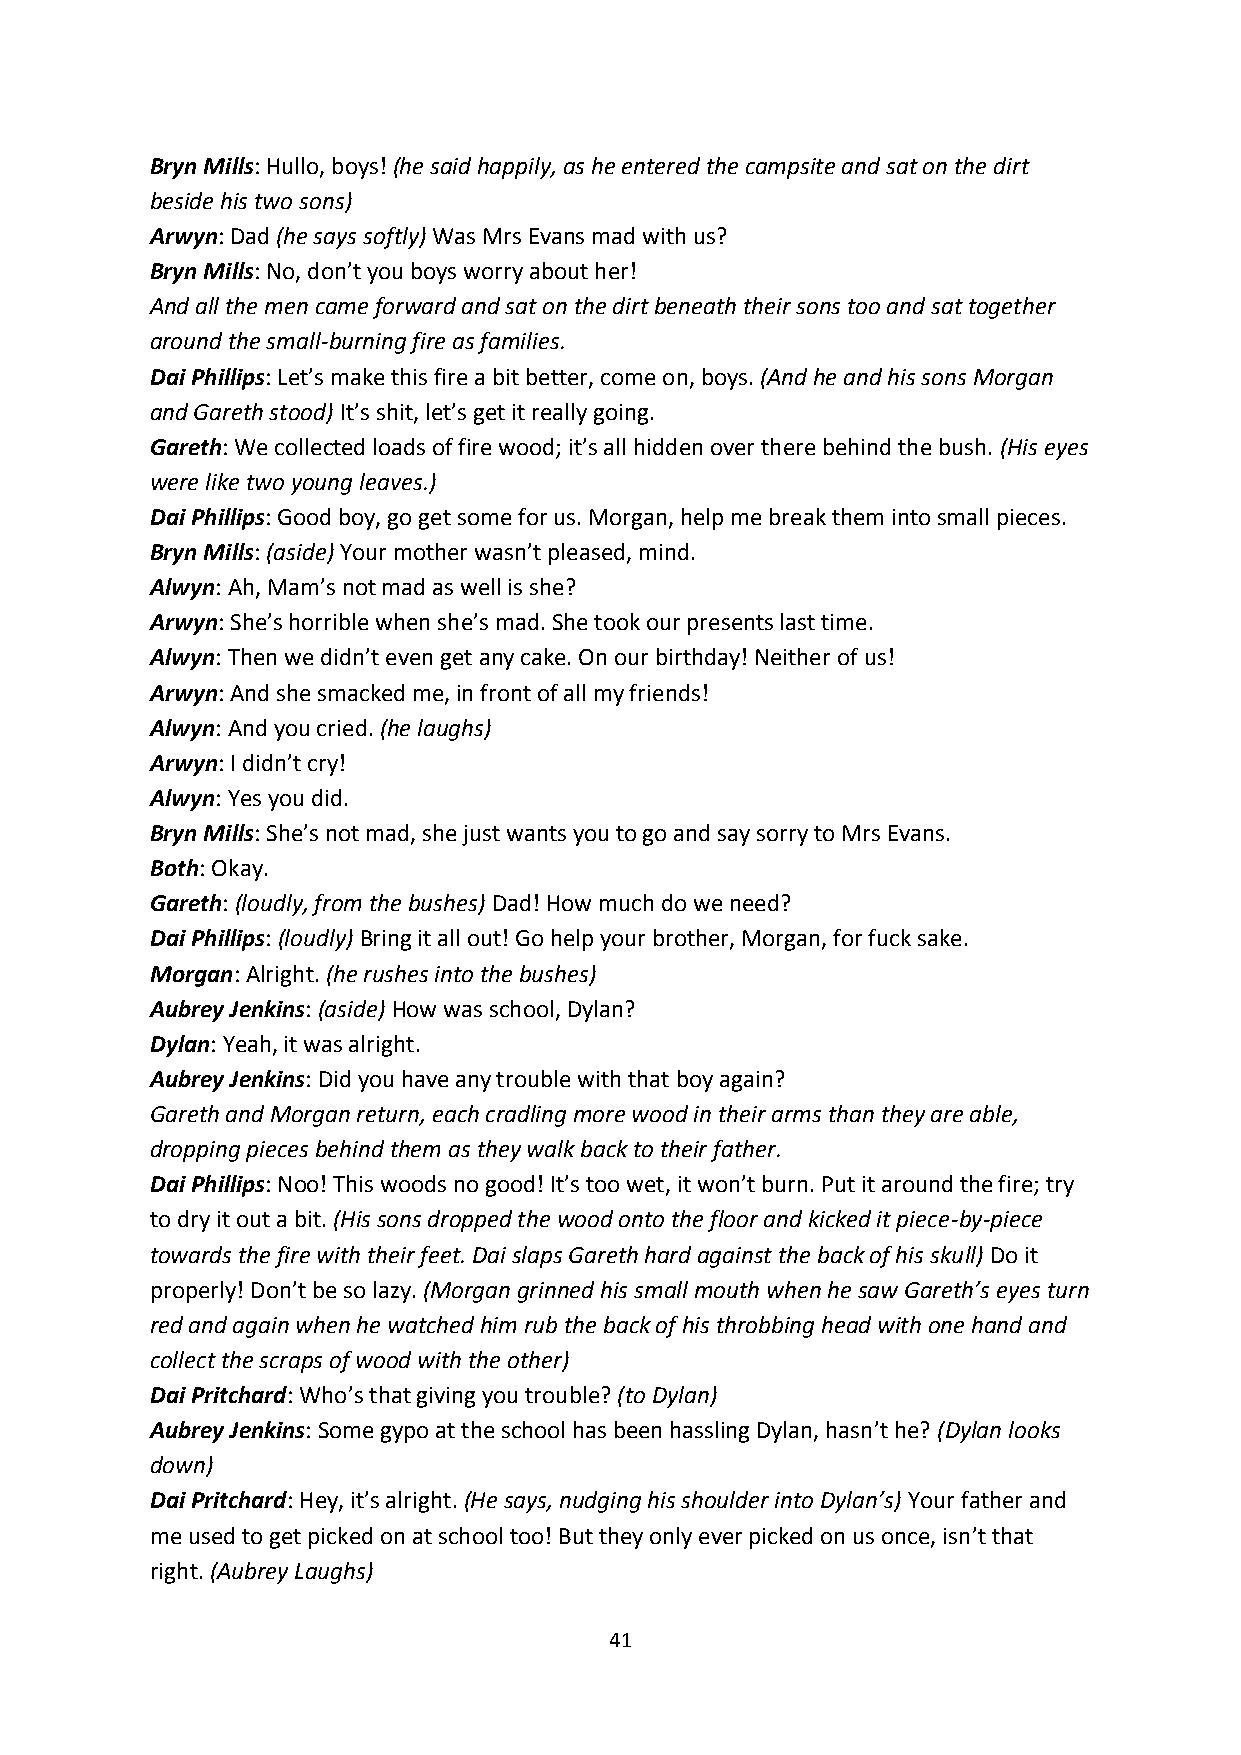
Bryn Mills: Hullo, boys! (he said happily, as he entered the campsite and sat on the dirt
 beside his two sons)
 Arwyn: Dad (he says softly) Was Mrs Evans mad with us?
 Bryn Mills: No, don’t you boys worry about her!
 And all the men came forward and sat on the dirt beneath their sons too and sat together
 around the small-burning fire as families.
 Dai Phillips: Let’s make this fire a bit better, come on, boys. (And he and his sons Morgan
 and Gareth stood) It’s shit, let’s get it really going.
 Gareth: We collected loads of fire wood; it’s all hidden over there behind the bush. (His eyes
 were like two young leaves.)
 Dai Phillips: Good boy, go get some for us. Morgan, help me break them into small pieces.
 Bryn Mills: (aside) Your mother wasn’t pleased, mind.
 Alwyn: Ah, Mam’s not mad as well is she?
 Arwyn: She’s horrible when she’s mad. She took our presents last time.
 Alwyn: Then we didn’t even get any cake. On our birthday! Neither of us!
 Arwyn: And she smacked me, in front of all my friends!
 Alwyn: And you cried. (he laughs)
 Arwyn: I didn’t cry!
 Alwyn: Yes you did.
 Bryn Mills: She’s not mad, she just wants you to go and say sorry to Mrs Evans.
 Both: Okay.
 Gareth: (loudly, from the bushes) Dad! How much do we need?
 Dai Phillips: (loudly) Bring it all out! Go help your brother, Morgan, for fuck sake.
 Morgan: Alright. (he rushes into the bushes)
 Aubrey Jenkins: (aside) How was school, Dylan?
 Dylan: Yeah, it was alright.
 Aubrey Jenkins: Did you have any trouble with that boy again?
 Gareth and Morgan return, each cradling more wood in their arms than they are able,
 dropping pieces behind them as they walk back to their father.
 Dai Phillips: Noo! This woods no good! It’s too wet, it won’t burn. Put it around the fire; try
 to dry it out a bit. (His sons dropped the wood onto the floor and kicked it piece-by-piece
 towards the fire with their feet. Dai slaps Gareth hard against the back of his skull) Do it
 properly! Don’t be so lazy. (Morgan grinned his small mouth when he saw Gareth’s eyes turn
 red and again when he watched him rub the back of his throbbing head with one hand and
 collect the scraps of wood with the other)
 Dai Pritchard: Who’s that giving you trouble? (to Dylan)
 Aubrey Jenkins: Some gypo at the school has been hassling Dylan, hasn’t he? (Dylan looks
 down)
 Dai Pritchard: Hey, it’s alright. (He says, nudging his shoulder into Dylan’s) Your father and
 me used to get picked on at school too! But they only ever picked on us once, isn’t that
 right. (Aubrey Laughs)
 41